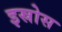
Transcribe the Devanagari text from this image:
इस्रोस